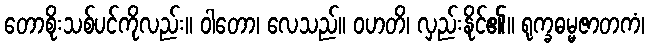
တောစိုးသစ်ပင်ကိုလည်း။ ဝါတော၊ လေသည်။ ဝဟတိ၊ လှည်းနိုင်၏။ ရုက္ခဓမ္မဇာတကံ၊